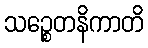
သဉ္စေတနိကာတိ